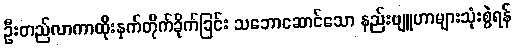
ဦးတည်လာကာထိုးနှက်တိုက်ခိုက်ခြင်း သဘောဆောင်သော နည်းဗျူဟာများသုံးစွဲရန်